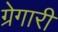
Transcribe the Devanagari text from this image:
ग्रेगारी